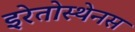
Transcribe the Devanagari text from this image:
इरेतोस्थेनस